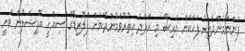
ފެންނަމުންދާއިރު ފަހަކަށް އައިސް މި އަދަދު އިތުރުވަމުންދާކަމަށް ފްލޮރިޑާގެ ސިއްހީ އޮފިޝަލުން ވަނީ